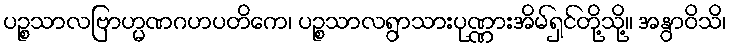
ပဉ္စသာလဗြာဟ္မဏဂဟပတိကေ၊ ပဉ္စသာလရွာသားပုဏ္ဏားအိမ်ရှင်တို့သို့။ အနွာဝိသိ၊